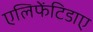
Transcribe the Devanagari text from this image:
एलिफेंटिडाए